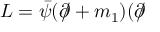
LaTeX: { \cal L } = \bar { \psi } ( \partial \! \! \! \slash + m _ { 1 } ) ( \partial \! \! \! \slash